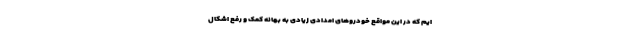
ایم که در این مواقع خودروهای امدادی زیادی به بهانه کمک و رفع اشکال